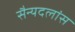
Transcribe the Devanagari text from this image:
सैन्यदलांस